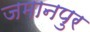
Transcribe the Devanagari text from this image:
जमानपुर